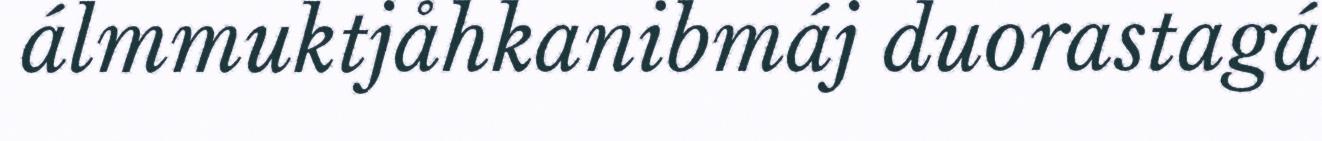
álmmuktjåhkanibmáj duorastagá